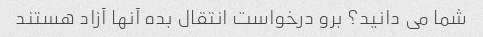
شما می دانید؟ برو درخواست انتقال بده آنها آزاد هستند